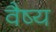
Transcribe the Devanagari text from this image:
वैष्य